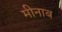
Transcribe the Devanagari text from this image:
मीनाब